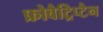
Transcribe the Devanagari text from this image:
फ्रोवैट्रिप्टैन